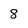
Character: 8